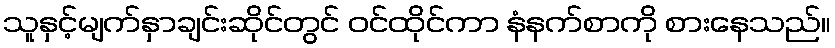
သူနှင့်မျက်နှာချင်းဆိုင်တွင် ဝင်ထိုင်ကာ နံနက်စာကို စားနေသည်။